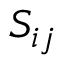
S _ { i j }